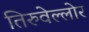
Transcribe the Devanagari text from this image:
तिरुवेल्लोर